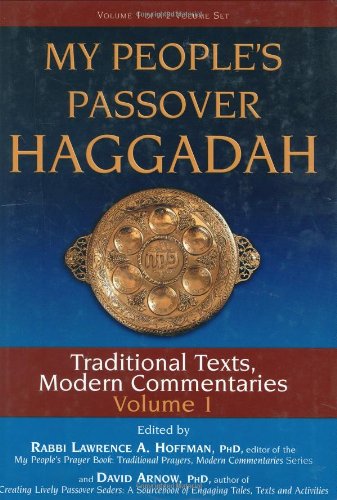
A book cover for My People's Passover Haggadah: Traditional Texts, Modern Commentaries Volume 1; Religion & Spirituality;